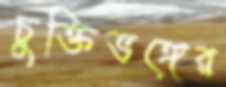
চুক্তিভঙ্গের